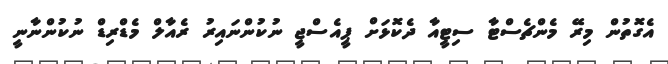
އެގޮތުން މިރޭ މެންޗެސްޓާ ސިޓީއާ ދެކޮޅަށް ޕީއެސްޖީ ނުކުންނައިރު ރެއާލް މެޑްރިޑް ނުކުންނާނީ